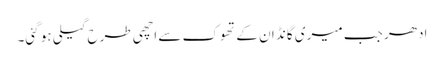
ادھر جب میری گانڈ ان کے تھوک سے اچھی طرح گیلی ہو گئی۔